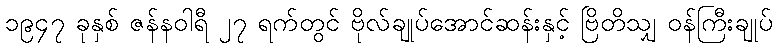
၁၉၄၇ ခုနှစ် ဇန်နဝါရီ ၂၇ ရက်တွင် ဗိုလ်ချုပ်အောင်ဆန်းနှင့် ဗြိတိသျှ ဝန်ကြီးချုပ်